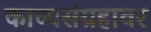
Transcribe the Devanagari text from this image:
काव्यसंग्रहावर